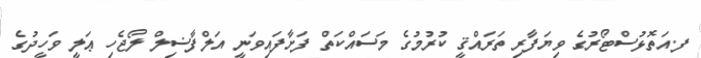
ފ.އަތޮޅުސްޓޯރުގެ ވިޔަފާރި ތަރައްޤީ ކުރުމުގެ މަސައްކަތް ފަށާފައިވަނީ އަލްފާޟިލް ލޯޖެހި ޢަލީ ވަހީދުގެ